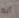
أنه